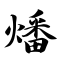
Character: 燔